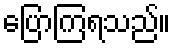
ပြောကြရသည်။